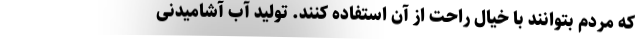
که مردم بتوانند با خیال راحت از آن استفاده کنند. تولید آب آشامیدنی